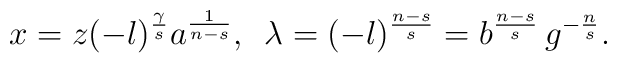
x=z(-l)^{\frac{\gamma}{s}}a^{\frac{1}{n-s}},\,\,\,\lambda=(-l)^{\frac{n-s}{s}}=b^{\frac{n-s}{s}}\,g^{-\frac{n}{s}}.